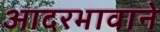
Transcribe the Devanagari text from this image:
आदरभावाने